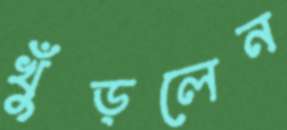
খুঁড়লেন